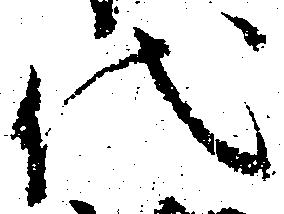
代